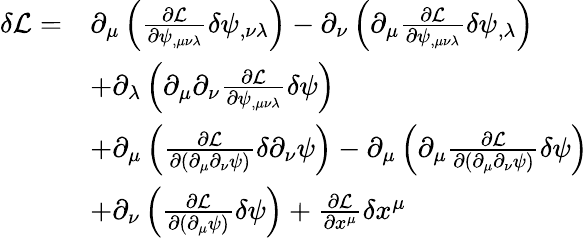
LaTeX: \begin{array}{rl}{\delta\mathcal L=}&{\partial_{\mu}\left(\frac{\partial\mathcal L}{\partial\psi_{,\mu\nu\lambda}}\delta\psi_{,\nu\lambda}\right)-\partial_{\nu}\left(\partial_{\mu}\frac{\partial\mathcal L}{\partial\psi_{,\mu\nu\lambda}}\delta\psi_{,\lambda}\right)}\\ &{+\partial_{\lambda}\left(\partial_{\mu}\partial_{\nu}\frac{\partial\mathcal L}{\partial\psi_{,\mu\nu\lambda}}\delta\psi\right)}\\ &{+\partial_{\mu}\left(\frac{\partial\mathcal L}{\partial(\partial_{\mu}\partial_{\nu}\psi)}\delta\partial_{\nu}\psi\right)-\partial_{\mu}\left(\partial_{\mu}\frac{\partial\mathcal L}{\partial(\partial_{\mu}\partial_{\nu}\psi)}\delta\psi\right)}\\ &{+\partial_{\nu}\left(\frac{\partial\mathcal{L}}{\partial(\partial_{\mu}\psi)}\delta\psi\right)+\frac{\partial\mathcal L}{\partial x^{\mu}}\delta x^{\mu}}\end{array}